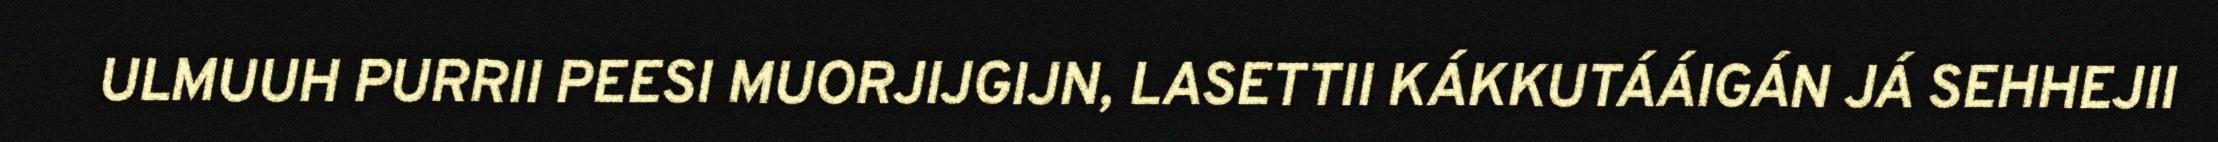
ULMUUH PURRII PEESI MUORJIJGIJN, LASETTII KÁKKUTÁÁIGÁN JÁ SEHHEJII